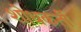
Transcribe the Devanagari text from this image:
शोधकर्ती